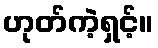
ဟုတ်ကဲ့ရှင့်။